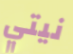
نيتي